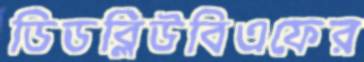
ডিডব্লিউবিএফের